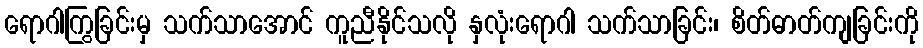
ရောဂါကြွခြင်းမှ သက်သာအောင် ကူညီနိုင်သလို နှလုံးရောဂါ သက်သာခြင်း၊ စိတ်ဓာတ်ကျခြင်းကို